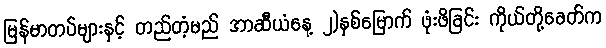
မြန်မာတပ်များနှင့် တည်တံ့မည် အာဆီယံနေ့ ၂)နှစ်မြောက် ဖုံးဖိခြင်း ကိုယ်တို့ခေတ်က